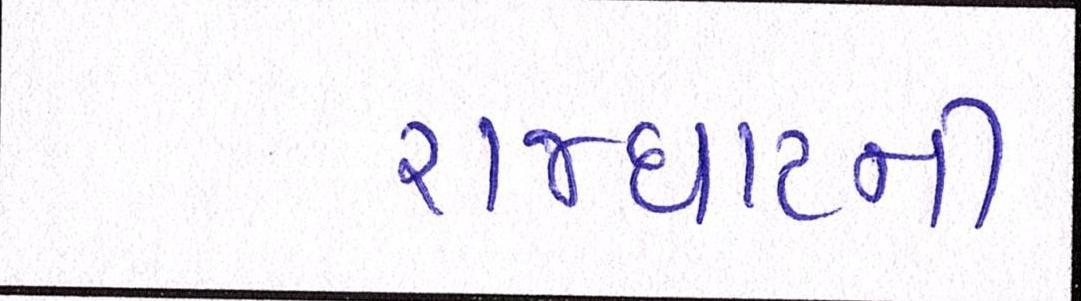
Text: રાજઘાટની